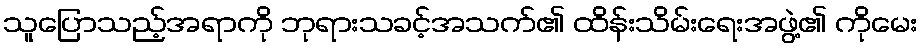
သူပြောသည့်အရာကို ဘုရားသခင့်အသက်၏ ထိန်းသိမ်းရေးအဖွဲ့၏ ကိုမေး